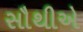
સૌથીએ